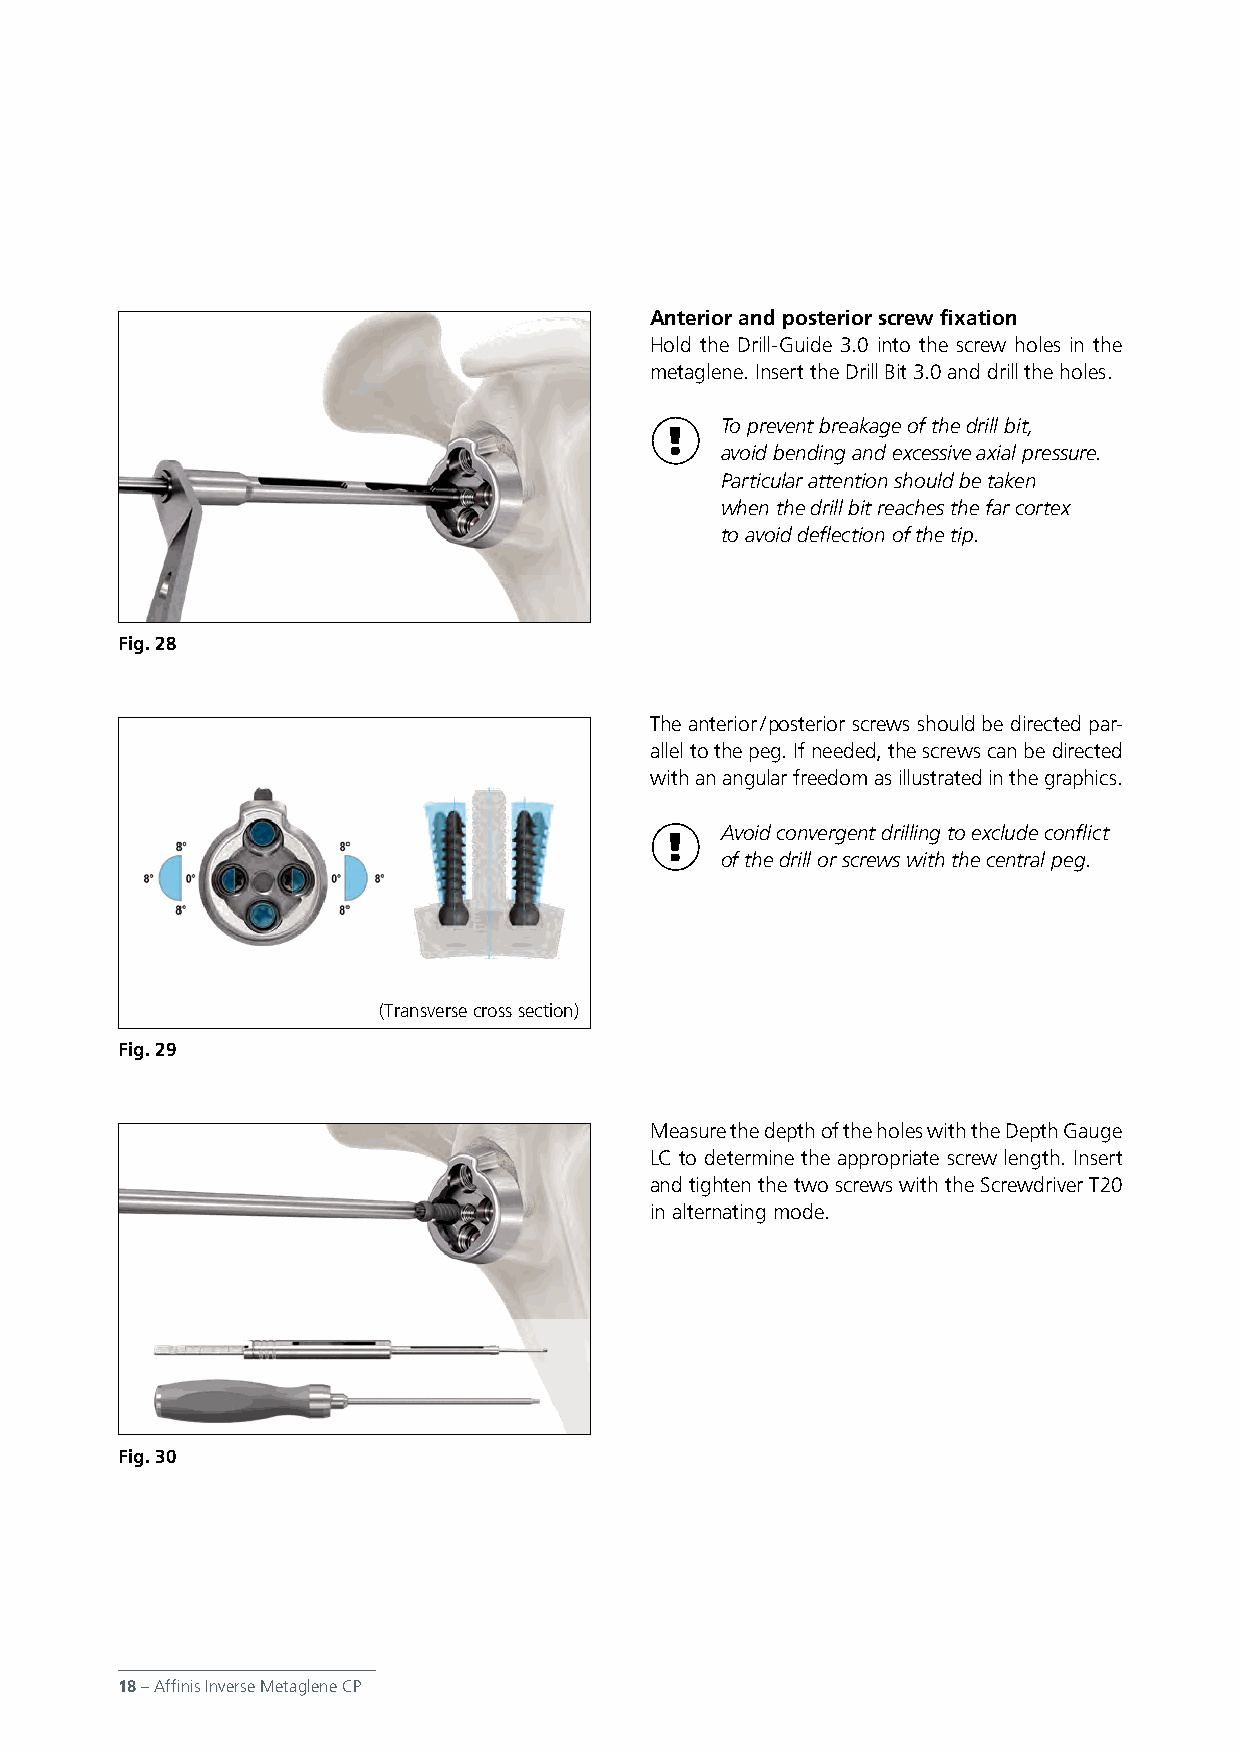
Anterior and posterior screw fixation
 Hold the Drill-Guide 3.0 into the screw holes in the
 metaglene. Insert the Drill Bit 3.0 and drill the holes.
 To prevent breakage of the drill bit,
 avoid bending and excessive axial pressure.
 Particular attention should be taken
 when the drill bit reaches the far cortex
 to avoid deflection of the tip.
 Fig. 28
 The anterior / posterior screws should be directed par-
 allel to the peg. If needed, the screws can be directed
 with an angular freedom as illustrated in the graphics.
 Avoid convergent drilling to exclude conflict
 of the drill or screws with the central peg.
 (Transverse cross section)
 Fig. 29
 Measure the depth of the holes with the Depth Gauge
 LC to determine the appropriate screw length. Insert
 and tighten the two screws with the Screwdriver T20
 in alternating mode.
 Fig. 30
 18 – Affinis Inverse Metaglene CP